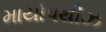
માયોપથીઝ